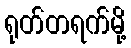
ရုတ်တရက်မို့